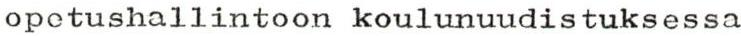
opetushallintoon koulunuudistuksessa